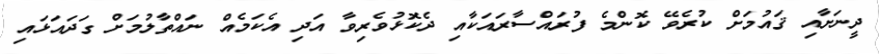
ދީނަށާއި ޤައުމަށް ކުރެވޭ ކޮންމެ ފުރައްސާރައަކާއި ދެކޮޅުވެރިވާ އަދި އެކަމެއް ނައްތާލުމަށް ގަދައަޅައި